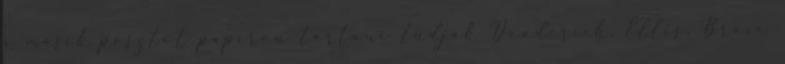
a másik posztot papíron tartani tudják Deaderick, Ellis, Brace